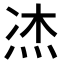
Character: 𤈀